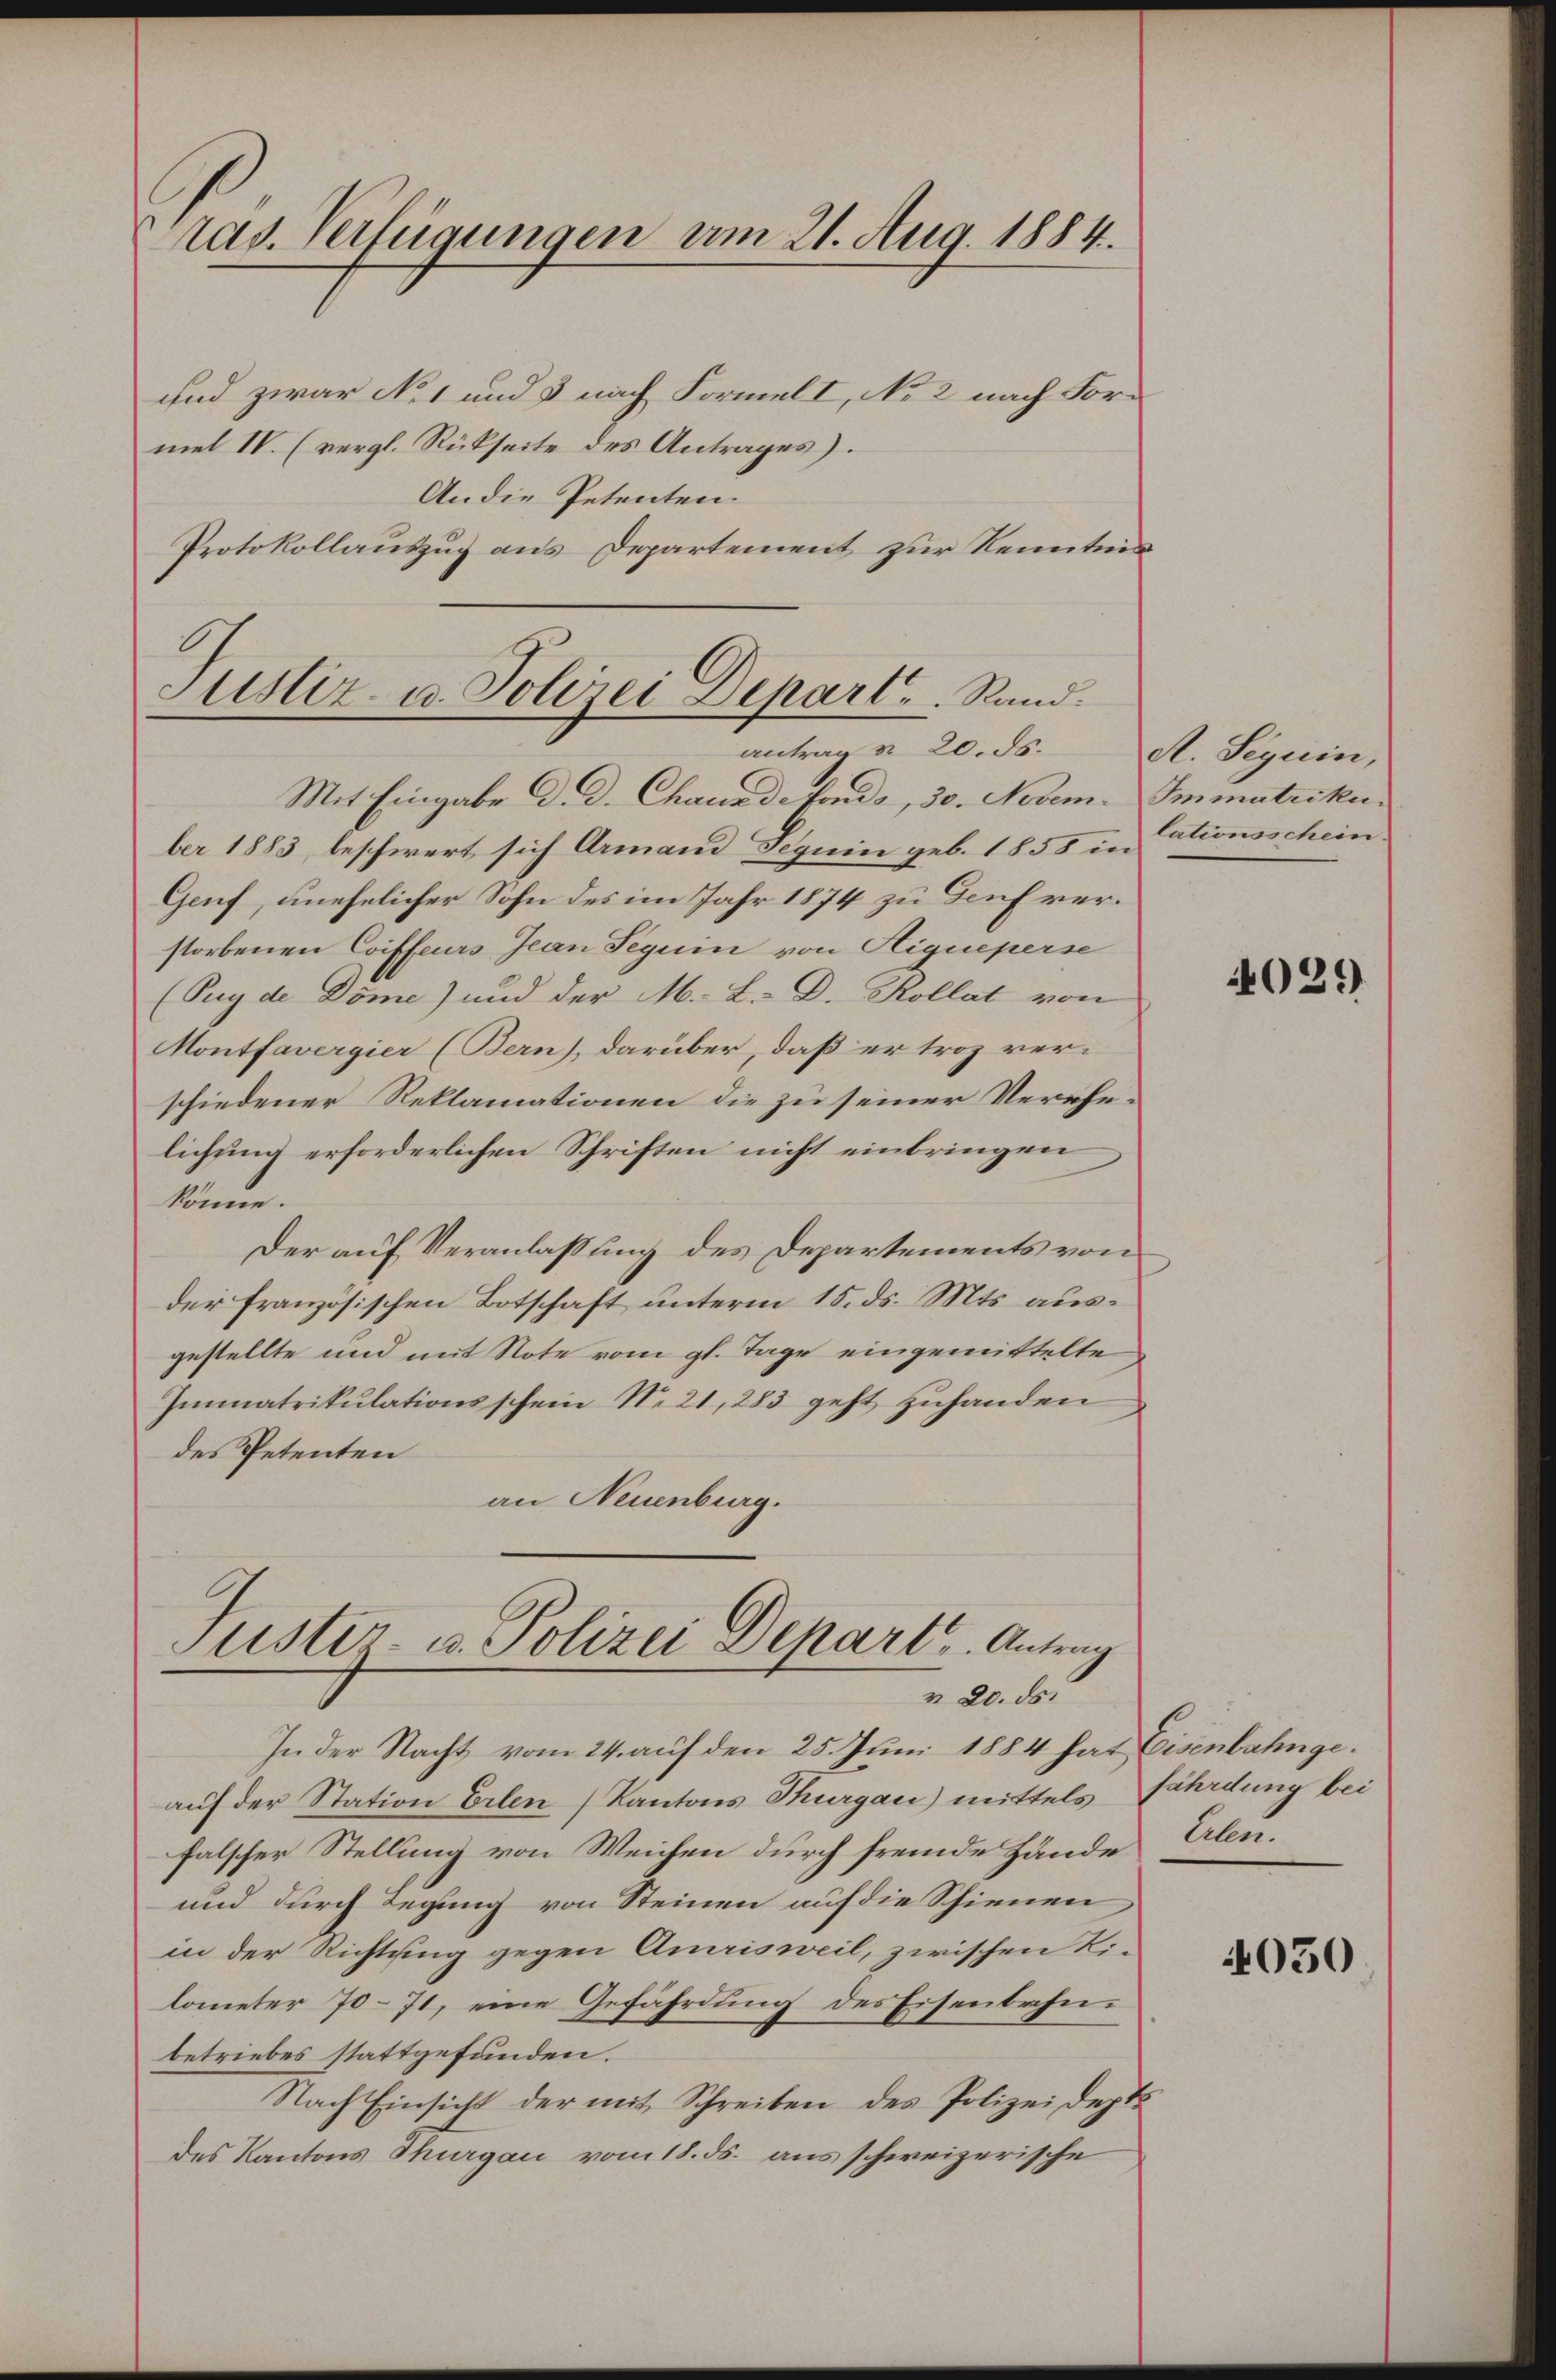
ras. Verfügungen am 21. Aug. 1884.

und zwar No 1 und 3 nach Formel I, No 2 nach Formel IV. (vergl. Rückseite des Antrages).
An die Petenten.
Protokollauszug aus Departement zur Kenntnis

Justiz- u. Polizei Depart. Rand.
antrag § 20. ds.

Mit Eingabe d. d. Chanade fonds, 30. Novem. Immatrikuber 1883, beschwert sich Armand Beguin geb. 1858 in ationsschein.
Genf, unehelicher Sohn des im Jahr 1874 zu Genf verstorbenen Coiffeurs Jean Seguin von Higueperse
(Puy de Dome) und der M. L. D. Kollat von
Montfavergier (Bern), darüber, daß er troz verschiedener Reklamationen die zu seiner Verehelichung erforderlichen Schriften nicht einbringen
könne.
Der auf Veranlaßung des Departements von
der französischen Botschaft unterm 15. ds. Mts. ausgestellte und mit Note vom gl. Tage eingemittelte
Immatrikulationsschein N. 21, 283 geht zuhanden
des Petenten
an Neuenburg.

Justiz- u. Polizei Depart u. Antrag
v 20. ds.

In der Nacht vom 24. auf den 25. Juni 1884 hat Eisenbahngeauf der Station Erlen (Kantons Thurgau) mittels fährdung bei
falscher Stellung von Weichen durch fremde Hände
und durch Legung von Steinen auf die Schienen
in der Richtung gegen Amrisweil, zwischen Lilometer 70–71, eine Gefährdung des Eisenbahnbetriebes stattgefunden.
Nach Einsicht der mit Schreiben des Polizeidept
des Kantons Thurgau vom 18. ds. aus schweizerische

A. Seguin,

4029

Leben.

4050